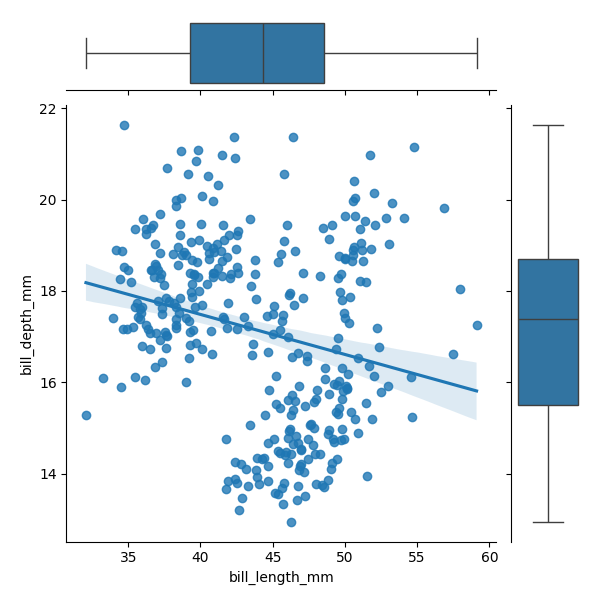
python, seaborn, JointGrid, regplot, boxplot